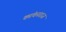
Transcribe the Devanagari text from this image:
कांचनराज